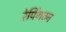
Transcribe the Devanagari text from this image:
रेपिंगटन